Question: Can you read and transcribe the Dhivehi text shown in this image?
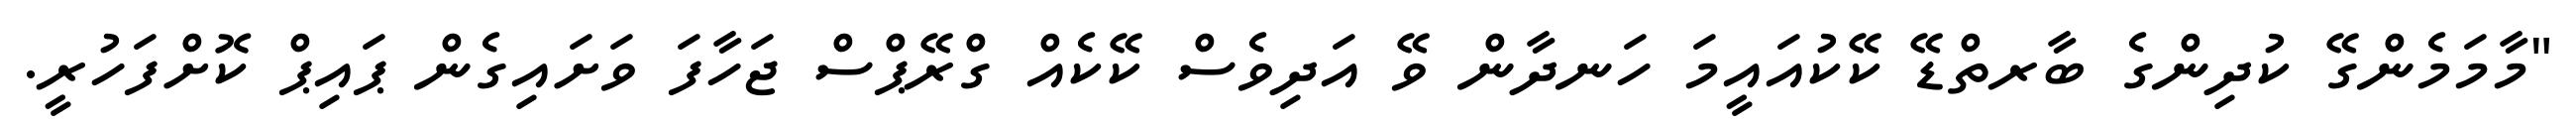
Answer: "މާމަމެންގޭ ކުދިންގެ ބާރތްޑޭ ކޭކުއައީމަ ހަނދާން ވޭ އަދިވެސް ކޭކެއް ގްރޭޕްސް ޖަހާފަ ވަށައިގެން ޕައިޕް ކޮށްފަހުރީ.